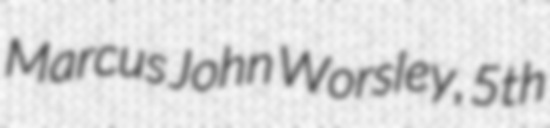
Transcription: Marcus John Worsley, 5th